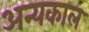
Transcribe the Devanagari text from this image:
अन्यकाल